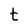
Character: t